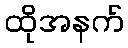
ထိုအနက်